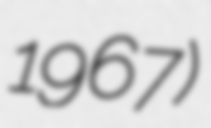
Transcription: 1967)